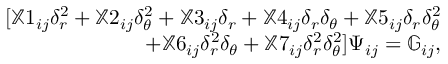
\begin{array} { r } { [ \mathbb { X } 1 _ { i j } \delta _ { r } ^ { 2 } + \mathbb { X } 2 _ { i j } \delta _ { \theta } ^ { 2 } + \mathbb { X } 3 _ { i j } \delta _ { r } + \mathbb { X } 4 _ { i j } \delta _ { r } \delta _ { \theta } + \mathbb { X } 5 _ { i j } \delta _ { r } \delta _ { \theta } ^ { 2 } } \\ { + \mathbb { X } 6 _ { i j } \delta _ { r } ^ { 2 } \delta _ { \theta } + \mathbb { X } 7 _ { i j } \delta _ { r } ^ { 2 } \delta _ { \theta } ^ { 2 } ] \Psi _ { i j } = \mathbb { G } _ { i j } , } \end{array}